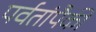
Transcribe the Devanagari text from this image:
पर्वतांपैकी